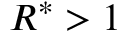
{ R ^ { * } } > 1